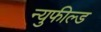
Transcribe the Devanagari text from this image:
न्युफील्ड